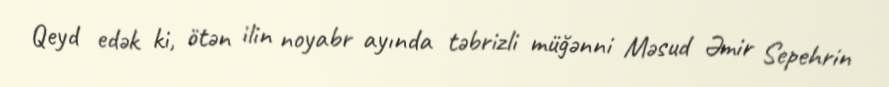
Qeyd edək ki, ötən ilin noyabr ayında təbrizli müğənni Məsud Əmir Sepehrin